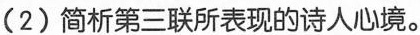
（2）简析第三联所表现的诗人心境。